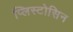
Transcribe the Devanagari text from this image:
प्लिस्टोसिन